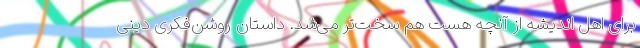
برای اهل اندیشه از آنچه هست هم سخت‌تر می‌شد. داستان روشن‌فکری دینی